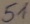
Text: 51